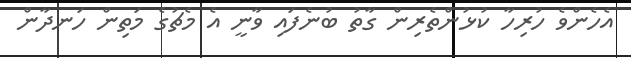
އެހެންވެ ހުރިހާ ކުޅުންތެރިން ގާތު ބުނެފައި ވާނީ އެ މެޗުގެ މަތިން ހަނދާން